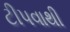
ટીપવાથી